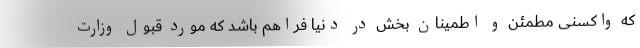
که واکسنی مطمئن و اطمینان بخش در دنیا فراهم باشد که مورد قبول وزارت